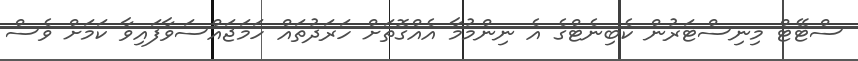
ސްޓޭޓް މިނިސްޓަރުން ކެބިނެޓްގެ އެ ނިންމުމާ އެއްގޮތަށް ހަރަދުތައް ހަމަޖައްސަވާފައިވާ ކަމަށް ވެސް